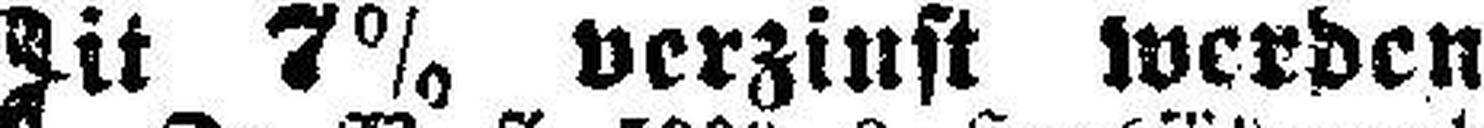
Mit 7% verzinst werden